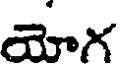
యోగ